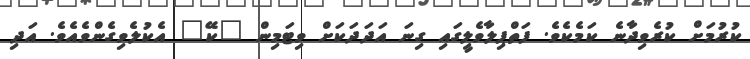
ކުރުމަށް ކުރެވިދާނެ ކަމެކެވެ. ފަތްޕިލާވެލީގައި ގިނަ އަދަދަކަށް ވިޓަމިން "ކޭ" އެކުލެވިގެންވެއެވެ. އަދި